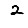
Digit: 2